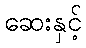
ဆေးနှင့်